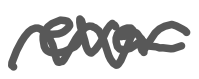
Text: ever
Cross-out: wave
Writing tool: digital_gray